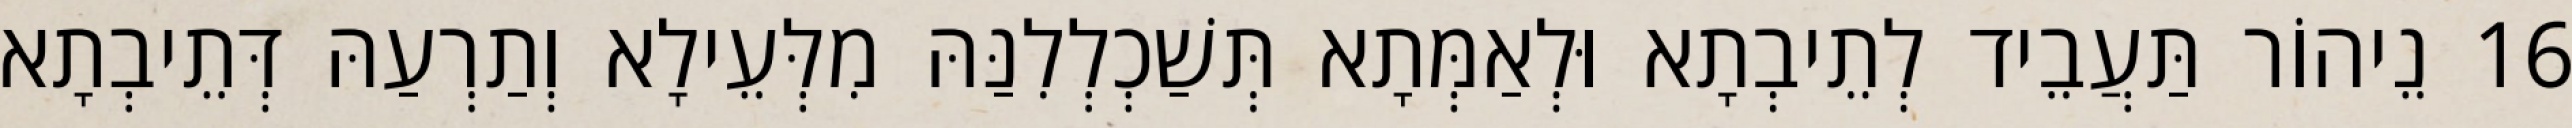
16 נֵיהוֹר תַּעֲבֵיד לְתֵיבְתָא וּלְאַמְּתָא תְּשַׁכְלְלִנַּהּ מִלְּעֵילָא וְתַרְעַהּ דְּתֵיבְתָא